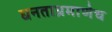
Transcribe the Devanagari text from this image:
घनताप्रमाणेच